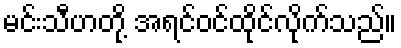
မင်းသီဟတို့ အရင်ဝင်ထိုင်လိုက်သည်။